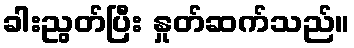
ခါးညွတ်ပြီး နှုတ်ဆက်သည်။